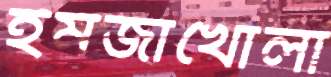
ইমজাখোলা